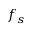
f _ { s }